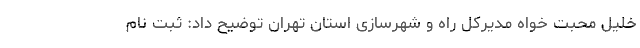
خلیل محبت خواه مدیرکل راه و شهرسازی استان تهران توضیح داد: ثبت نام